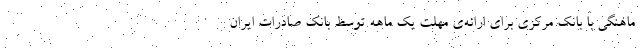
ماهنگی با بانک مرکزی برای ارائه‌ی مهلت یک ماهه توسط بانک صادرات ایران